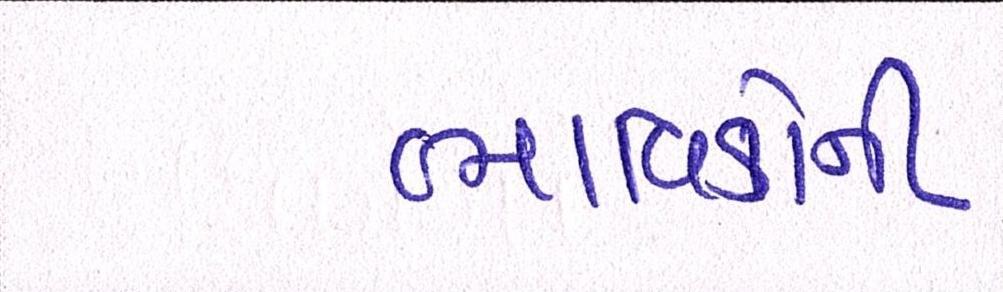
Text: ભાવિકોની